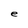
Character: e